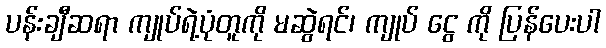
ပန်းချီဆရာ ကျုပ်ရဲ့ပုံတူကို မဆွဲရင်၊ ကျုပ် ငွေ ကို ပြန်ပေးပါ